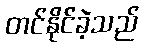
တင်နိုင်ခဲ့သည်